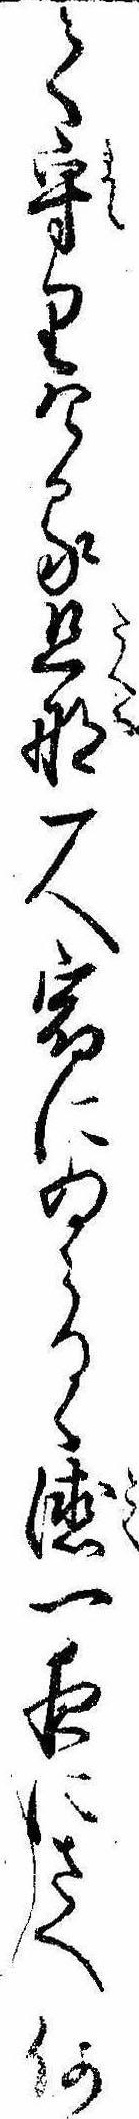
て守りける旦那一人宿にゐらるゝ徳一夜にさへ何